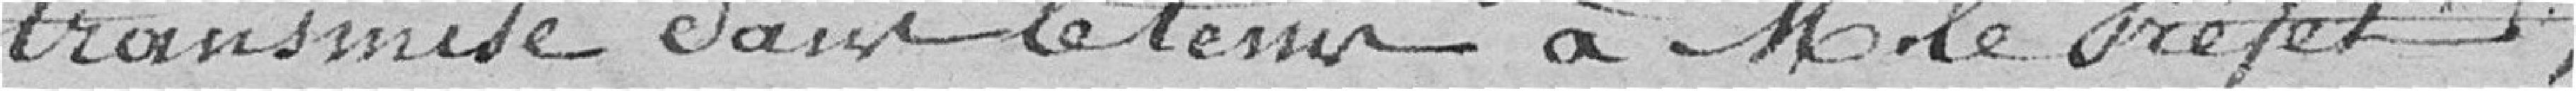
transmise dans le temps à M le Préfet;